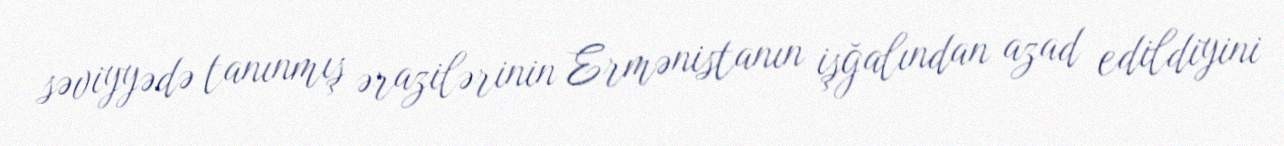
səviyyədə tanınmış ərazilərinin Ermənistanın işğalından azad edildiyini